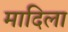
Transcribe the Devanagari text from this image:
मादिला